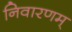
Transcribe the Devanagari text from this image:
निवारणम्